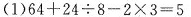
(1) $$6 4+2 4\div 8 -2\times